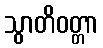
သွာတိဝတ္တာ